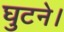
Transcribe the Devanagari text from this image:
घुटने।